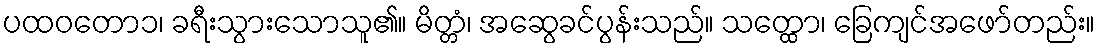
ပထဝတော၁၊ ခရီးသွားသောသူ၏။ မိတ္တံ၊ အဆွေခင်ပွန်းသည်။ သတ္ထော၊ ခြေကျင်အဖော်တည်း။